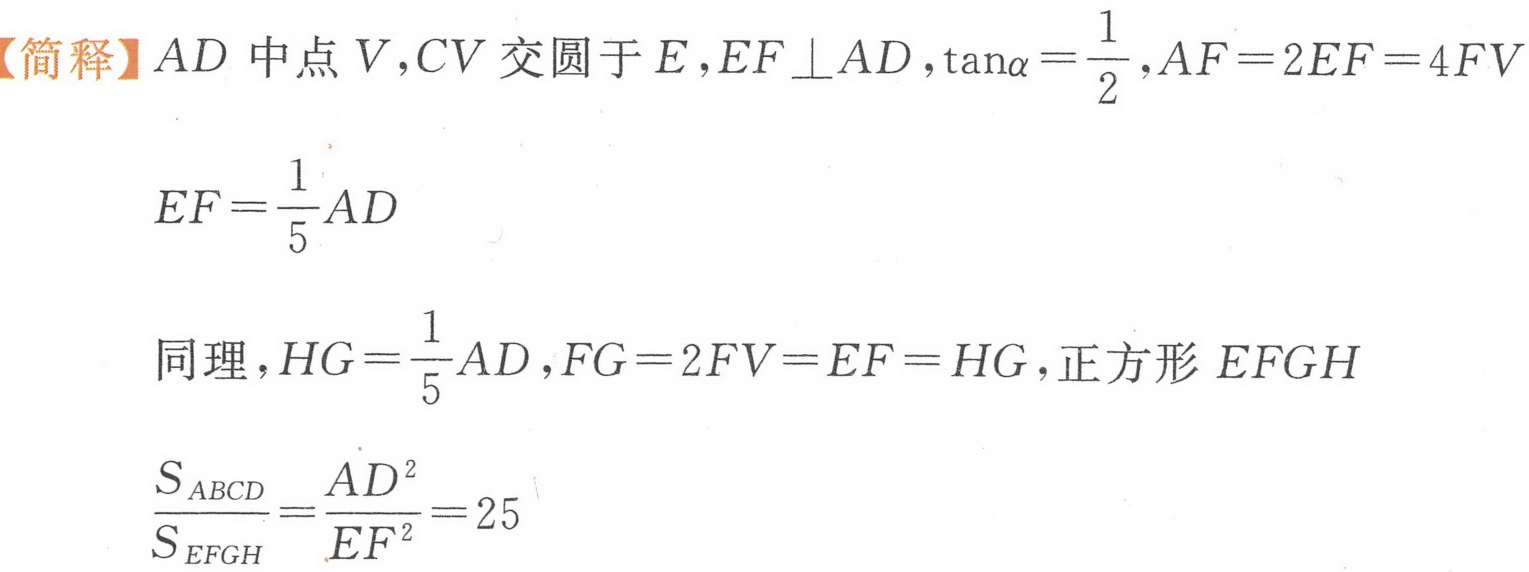
【简释】\(AD\)中点\(V\),\(CV\)交圆于\(E\),\(EF\perp AD\),\(\tan\alpha=\dfrac{1}{2}\),\(AF = 2EF = 4FV\)
\(EF=\dfrac{1}{5}AD\)
同理，\(HG=\dfrac{1}{5}AD\),\(FG = 2FV=EF = HG\),正方形 \(EFGH\)
\(\dfrac{S_{ABCD}}{S_{EFGH}}=\dfrac{AD^{2}}{EF^{2}} = 25\)